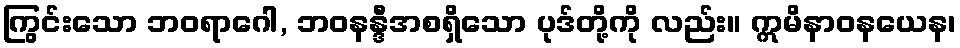
ကြွင်းသော ဘဝရာဂေါ, ဘဝနန္ဒီအစရှိသော ပုဒ်တို့ကို လည်း။ ဣမိနာဝနယေန၊